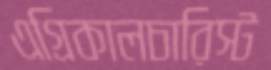
এগ্রিকালচারিস্ট